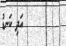
٢٤        އަދި ކަނޑު